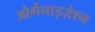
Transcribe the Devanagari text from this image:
ओर्गेनाइज़ेश्न